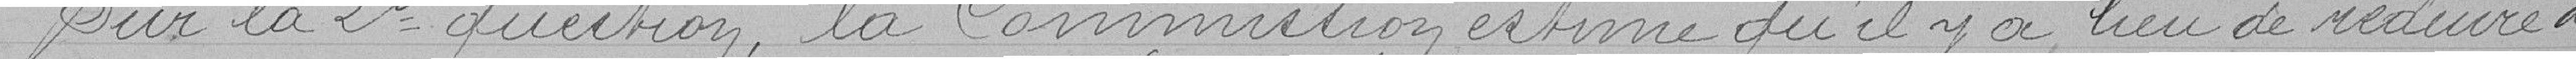
Pour la 2° question, la Commission estime qu'il n'y a pas lieu de réduire à